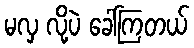
မလှ လို့ပဲ ခေါ်ကြတယ်